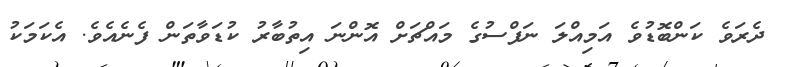
ދެރަވެ ކަންބޮޑުވެ އަމިއްލަ ނަފްސުގެ މައްޗަށް އޮންނަ އިތުބާރު ކުޑަވާތަން ފެނެއެވެ. އެކަމަކު